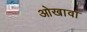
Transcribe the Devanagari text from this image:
ओखावा